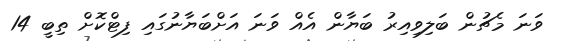
ވަނަ މެޗުން ބަލިވިއިރު ބަޔާން އެއް ވަނަ އަށްބަޔާނުގައި ފިޓްކޮށް ތިބީ 14